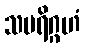
သပရိဂ္ဂဟံ